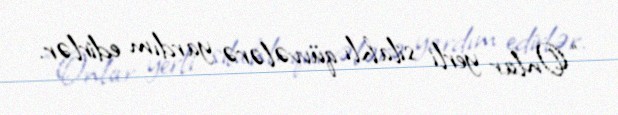
“Onlar yerli silahlı qüvvələrə yardım edirlər.